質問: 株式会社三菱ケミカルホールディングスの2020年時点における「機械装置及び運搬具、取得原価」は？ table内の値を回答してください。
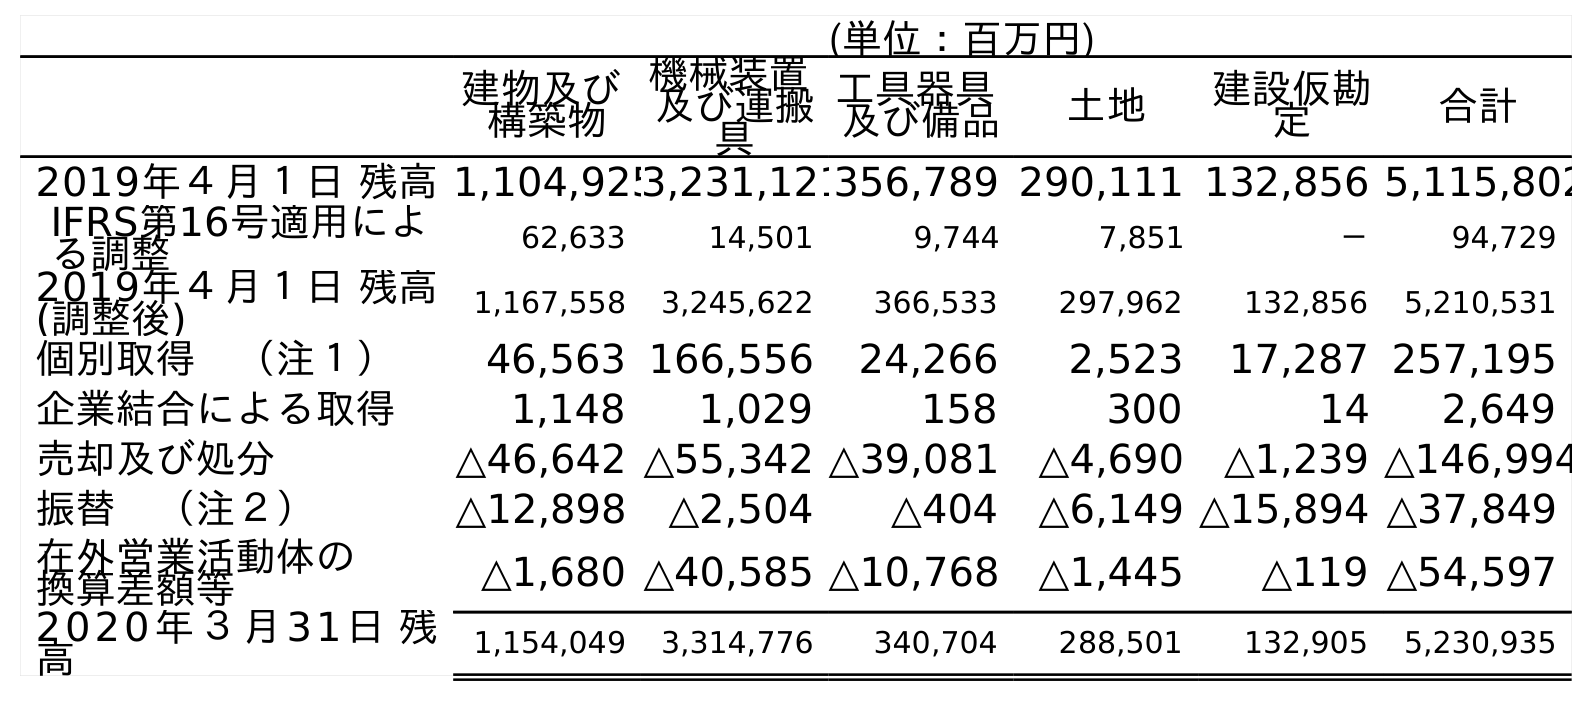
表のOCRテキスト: (単位：百万円) 建物及び 構築物 機械装置 及び運搬 具 工具器具 及び備品 土地 建設仮勘 定 合計 2019年４月１日 残高1,104,9253,231,121356,789 290,111 132,856 5,115,802 IFRS第16号適用によ る調整 62,633 14,501 9,744 7,851 － 94,729 2019年４月１日 残高 (調整後) 1,167,558 3,245,622 366,533 297,962 132,856 5,210,531 個別取得 （注１） 46,563 166,556 24,266 2,523 17,287 257,195 企業結合による取得 1,148 1,029 158 300 14 2,649 売却及び処分 △46,642 △55,342 △39,081 △4,690 △1,239 △146,994 振替 （注２） △12,898 △2,504 △404 △6,149 △15,894 △37,849 在外営業活動体の 換算差額等 △1,680 △40,585 △10,768 △1,445 △119 △54,597 2020年３月31日 残 高 1,154,049 3,314,776 340,704 288,501 132,905 5,230,935
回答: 3,314,776